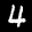
Label: 4